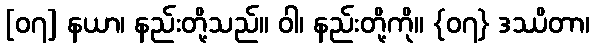
[၀၇] နယာ၊ နည်းတို့သည်။ ဝါ၊ နည်းတို့ကို။ {၀၇} ဒဿိတာ၊